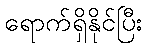
ရောက်ရှိနိုင်ပြီး